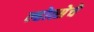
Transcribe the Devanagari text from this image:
ल्होत्सेचे